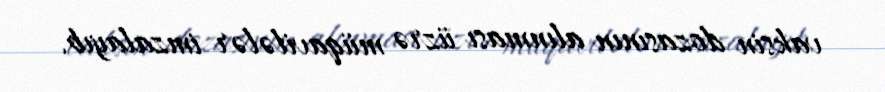
vaksin dozasının alınması üzrə müqavilələr imzalayıb.